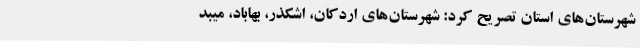
شهرستان‌های استان تصریح کرد: شهرستان‌های اردکان، اشکذر، بهاباد، میبد